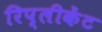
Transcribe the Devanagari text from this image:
रिप्लीकेंट